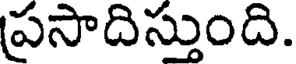
ప్రసాదిస్తుంది.